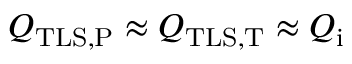
Q _ { \mathrm { T L S , P } } \approx Q _ { \mathrm { T L S , T } } \approx Q _ { \mathrm { i } }